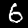
Digit: 6